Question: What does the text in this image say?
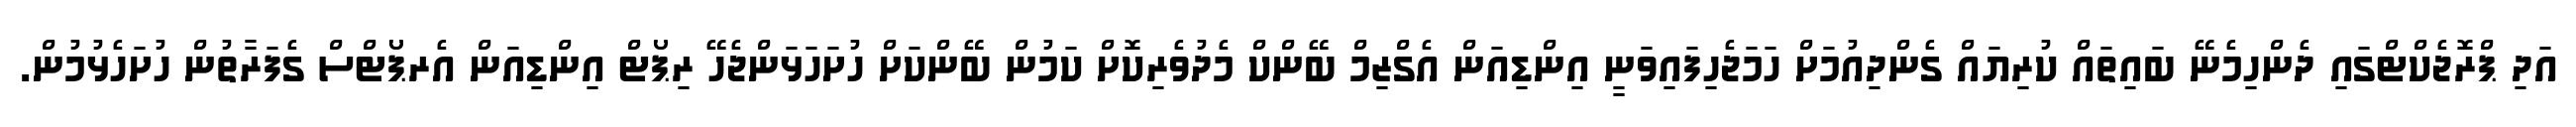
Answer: އަދި ޕްރޮޖެކްޓްގައި ދެންހިމެނޭ ބައިތައް ކުރިޔައް ގެންދިއުމަށް ހަމަޖެހިފައިވަނީ އިންޑިއަން އެގްޒިމް ބޭންކް މެދުވެރިކޮށް ކަމުން ބޭންކަށް ހުށަހަޅަންޖެހޭ ރިޕޯޓް އިންޑިއަން އެރޕޯޓްސް ގެފަރާތުން ހުށަހެޅުމުން.